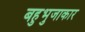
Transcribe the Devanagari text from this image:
बहुभुजाकार